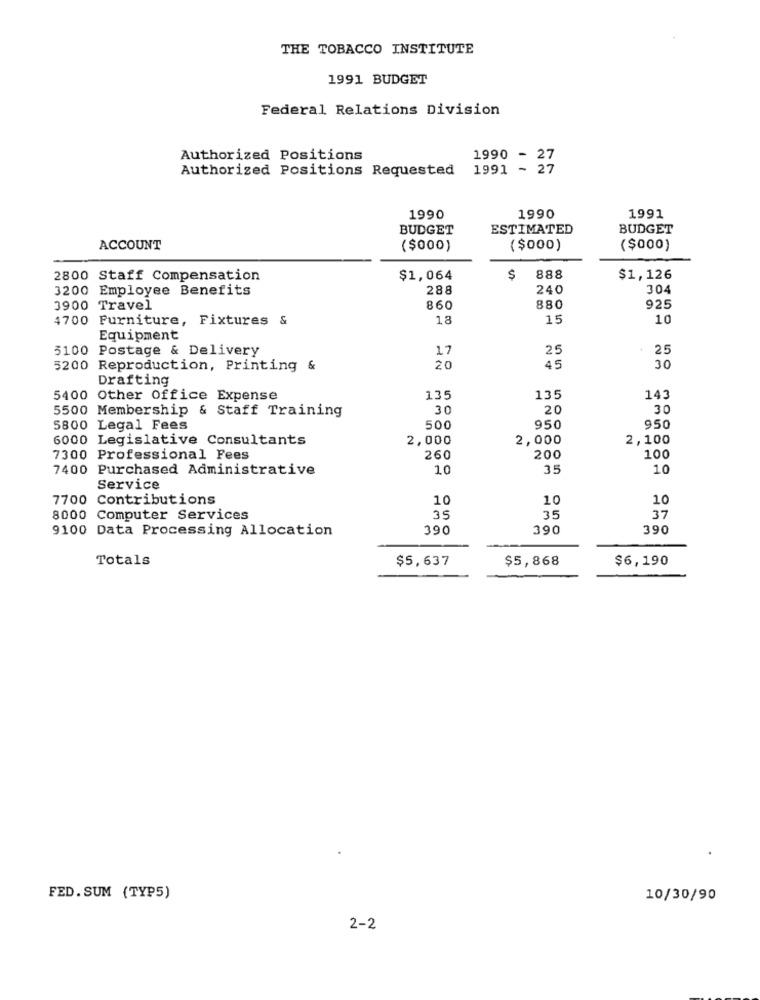
THE TOBACCO INSTITUTE
1991 BUDGET
Federal Relations Division
Authorized Positions
1990 - 27
Authorized Positions Requested
1991 - 27
1990
1990
1991
BUDGET
ESTIMATED
BUDGET
ACCOUNT
($000)
($000)
($000)
2800 Staff Compensation
$1,064
$
888
$1,126
3200 Employee Benefits
288
240
304
3900 Travel
860
880
925
4700 Furniture, Fixtures &
18
15
10
Equipment
5100 Postage & Delivery
17
25
5200 Reproduction, Printing &
20
45
30
Drafting
5400 Other Office Expense
135
135
143
5500 Membership & Staff Training
30
20
30
5800 Legal Fees
500
950
950
6000 Legislative Consultants
2,000
2,000
2,100
7300 Professional Fees
260
200
100
7400 Purchased Administrative
10
35
10
Service
7700 Contributions
10
10
10
8000 Computer Services
35
35
37
9100 Data Processing Allocation
390
390
390
Totals
$5,637
$5,868
$6,190
FED. SUM (TYP5)
10/30/90
2-2